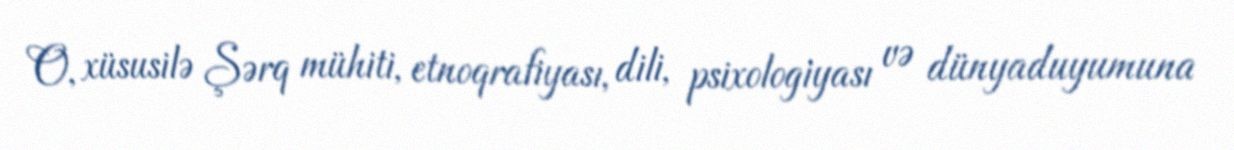
O, xüsusilə Şərq mühiti, etnoqrafiyası, dili, psixologiyası və dünyaduyumuna